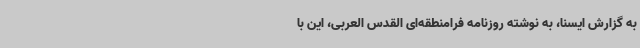
به گزارش ایسنا، به نوشته روزنامه فرامنطقه‌ای القدس العربی، این با